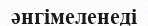
әнгімеленеді